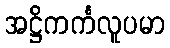
အဋ္ဌိကင်္ကလူပမာ